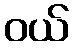
ဝယ်